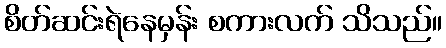
စိတ်ဆင်းရဲနေမှန်း စကားလက် သိသည်။